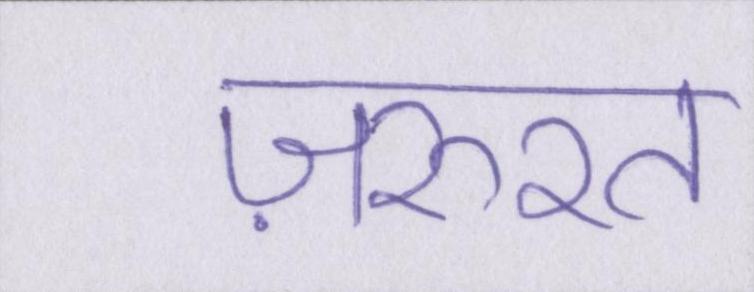
ज़रुरत